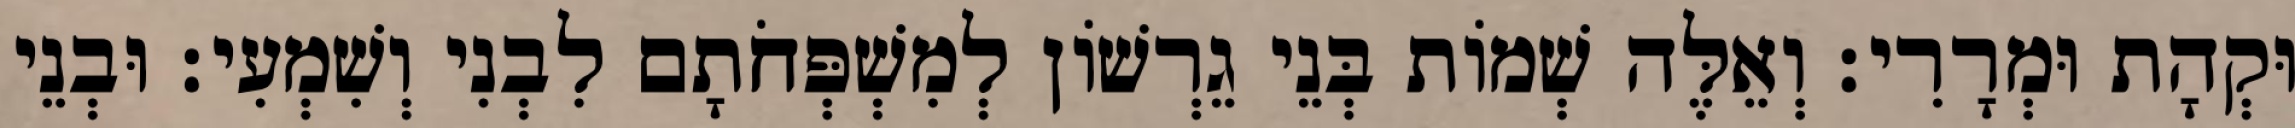
וּקְהָת וּמְרָרִי׃ וְאֵלֶּה שְׁמוֹת בְּנֵי גֵרְשׁוֹן לְמִשְׁפְּחֹתָם לִבְנִי וְשִׁמְעִי׃ וּבְנֵי